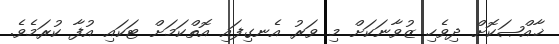
ޚާއްޞަކޮށް ދިވެހި ޒުވާނަކަށް މި ވަަރު އެނގިފައި އޮތްކަމަށް ޓަކައި އުފާ ކުރަމެވެ.